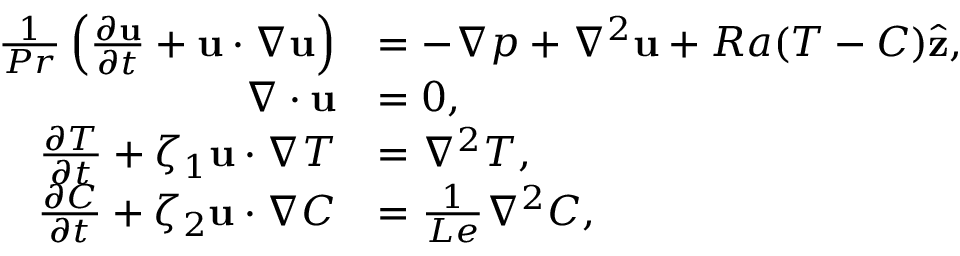
\begin{array} { r l } { \frac { 1 } { P r } \left( \frac { \partial \mathbf { u } } { \partial t } + \mathbf { u } \cdot \nabla \mathbf { u } \right) } & { = - \nabla p + \nabla ^ { 2 } \mathbf { u } + R a ( T - C ) \hat { \mathbf { z } } , } \\ { \nabla \cdot \mathbf { u } } & { = 0 , } \\ { \frac { \partial T } { \partial t } + \zeta _ { 1 } \mathbf { u } \cdot \nabla T } & { = \nabla ^ { 2 } T , } \\ { \frac { \partial C } { \partial t } + \zeta _ { 2 } \mathbf { u } \cdot \nabla C } & { = \frac { 1 } { L e } \nabla ^ { 2 } C , } \end{array}